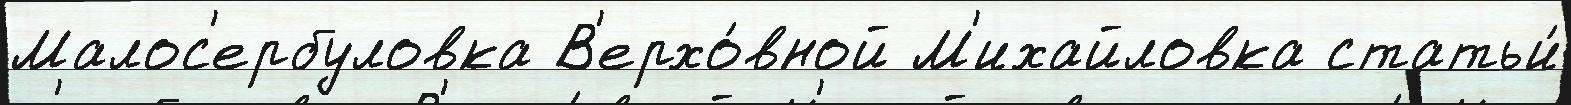
Малос'ербуловка В'ерхо́вной М'ихайловка статьи́